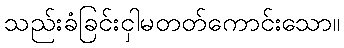
သည်းခံခြင်းငှါမတတ်ကောင်းသော။